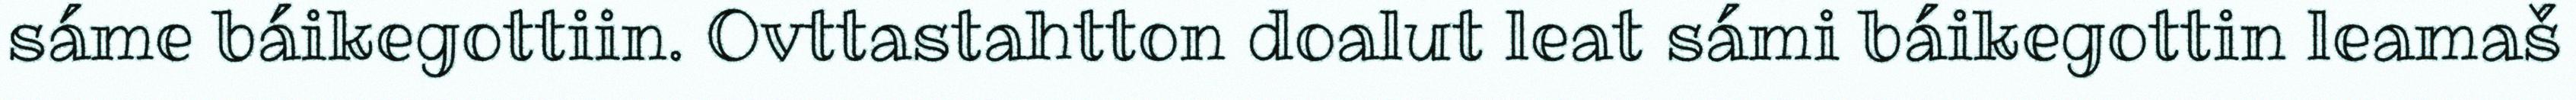
sáme báikegottiin. Ovttastahtton doalut leat sámi báikegottin leamaš